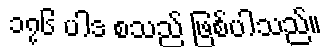
၁၇၆ ပါဒ စသည် ဖြစ်ပါသည်။